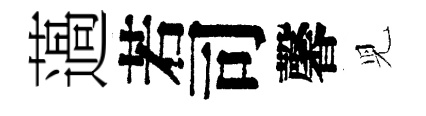
薖若司馨児